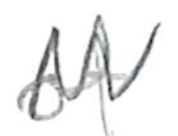
Text: of
Cross-out: zig-zag
Writing tool: pencil